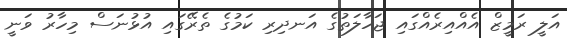
އަލީ ރަމީޒް އެއްއިރެއްގައި ޖަހާލަތުގެ އަނދިރި ކަމުގެ ތެރޭގައި އުޅުނަސް މިހާރު ވަނީ